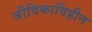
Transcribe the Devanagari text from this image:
जीविकाविहीन